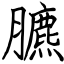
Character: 臕